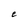
Character: e